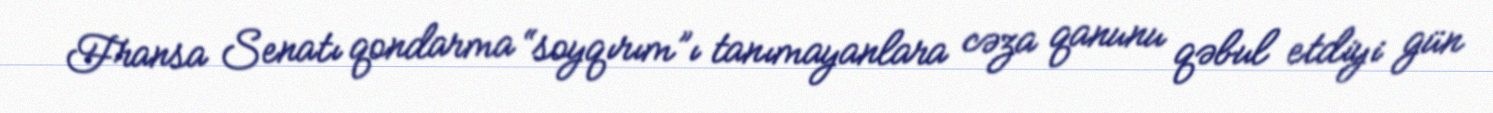
Fransa Senatı qondarma “soyqırım”ı tanımayanlara cəza qanunu qəbul etdiyi gün